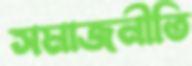
সমাজনীতি